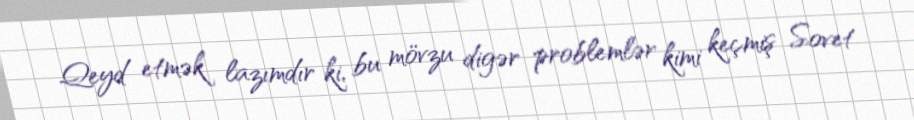
Qeyd etmək lazımdır ki, bu mövzu digər problemlər kimi keçmiş Sovet